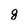
Character: g